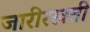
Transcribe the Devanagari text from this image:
जारीरखती